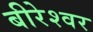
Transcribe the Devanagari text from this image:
बीरेश्वर